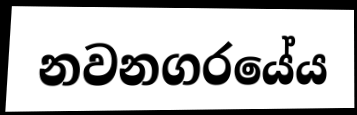
නවනගරයේය